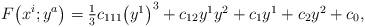
LaTeX: \begin{gather*}F\big(x^i;y^a\big)=\textstyle\frac{1}{3}c_{111}\big(y^1\big)^3+c_{12}y^1y^2+c_1y^1+c_2y^2+c_0,\end{gather*}